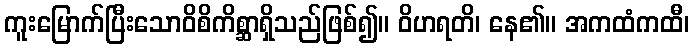
ကူးမြောက်ပြီးသောဝိစိကိစ္ဆာရှိသည်ဖြစ်၍။ ဝိဟရတိ၊ နေ၏။ အကထံကထီ၊